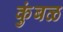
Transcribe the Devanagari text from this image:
कुंबळ